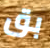
بق